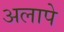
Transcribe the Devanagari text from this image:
अलापे